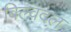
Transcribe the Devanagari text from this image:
बिल्वदल